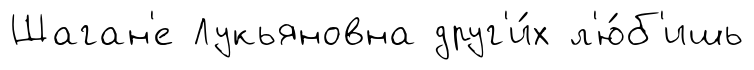
Шаган'е Лукьяновна друг'и́х л'ю́б'ишь